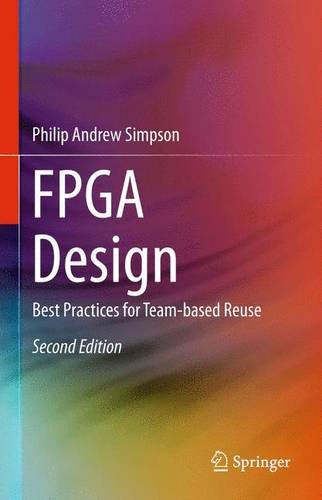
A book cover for FPGA Design: Best Practices for Team-based Reuse; Philip Andrew Simpson; Computers & Technology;